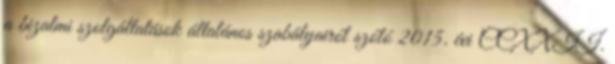
a bizalmi szolgáltatások általános szabályairól szóló 2015. évi CCXXII.